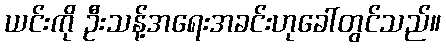
ယင်းကို ဦးသန့်အရေးအခင်းဟုခေါ်တွင်သည်။